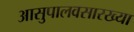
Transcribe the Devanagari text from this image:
आसुपालवसारख्या